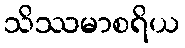
သိဿမာစရိယ